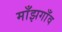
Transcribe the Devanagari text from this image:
माँझगाँव